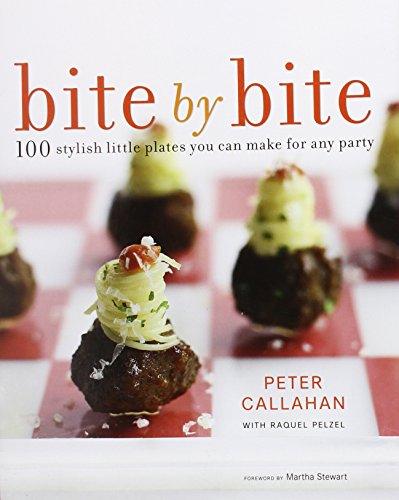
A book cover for Bite By Bite: 100 Stylish Little Plates You Can Make for Any Party; Peter Callahan; Cookbooks, Food & Wine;